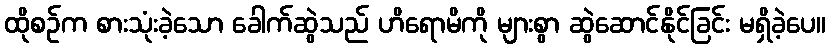
ထိုစဉ်က စားသုံးခဲ့သော ခေါက်ဆွဲသည် ဟိရောမိကို များစွာ ဆွဲဆောင်နိုင်ခြင်း မရှိခဲ့ပေ။